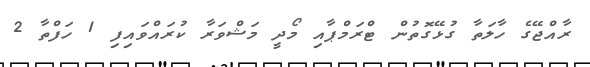
ރާއްޖޭގެ ހާލަތާ ގުޅޭގޮތުން ޓްރަމްޕާއި މޯދީ މަޝްވަރާ ކުރައްވައިފި 1 ހަފްތާ 2